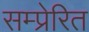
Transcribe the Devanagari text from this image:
सम्प्रेरित